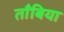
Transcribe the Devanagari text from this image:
ताँबिया